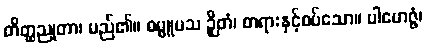
တိတ္ထညုတာ၊ မည်၏။ ဓမ္မူပသ ဉှိတံ၊ တရားနှင့်စပ်သော။ ပါမောဇ္ဇံ၊